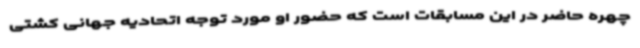
چهره حاضر در این مسابقات است که حضور او مورد توجه اتحادیه جهانی کشتی